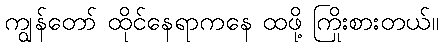
ကျွန်တော် ထိုင်နေရာကနေ ထဖို့ ကြိုးစားတယ်။